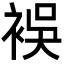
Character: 𮖅